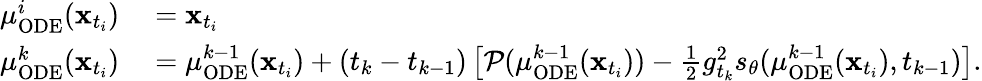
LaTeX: \begin{array}{rl}{\mu_{\mathrm{ODE}}^{i}(\mathbf{x}_{t_{i}})}&{{}=\mathbf{x}_{t_{i}}}\\ {\mu_{\mathrm{ODE}}^{k}(\mathbf{x}_{t_{i}})}&{{}=\mu_{\mathrm{ODE}}^{k-1}(\mathbf{x}_{t_{i}})+(t_{k}-t_{k-1})\left[\mathcal{P}(\mu_{\mathrm{ODE}}^{k-1}(\mathbf{x}_{t_{i}}))-\frac{1}{2}g_{t_{k}}^{2}s_{\theta}(\mu_{\mathrm{ODE}}^{k-1}(\mathbf{x}_{t_{i}}),t_{k-1})\right].}\end{array}